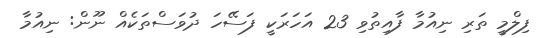
ފިލްމީ ތަރި ނިއުމާ ފާއިތުވި 23 އަހަރަކީ ފަސޭހަ ދުވަސްތަކެއް ނޫން: ނިއުމާ